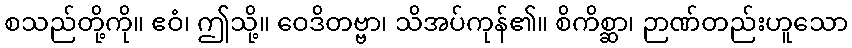
စသည်တို့ကို။ ဧဝံ၊ ဤသို့။ ဝေဒိတဗ္ဗာ၊ သိအပ်ကုန်၏။ စိကိစ္ဆာ၊ ဉာဏ်တည်းဟူသော